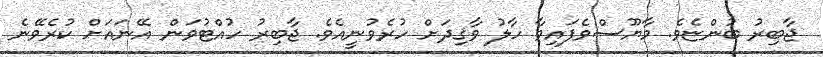
ޖާބިރު ބުންޏެވެ. މާޔޫސްވެފައިވާ ހާލު ވާޤިދަށް ހުރެވުނީއެވެ. ޖާބިރު ހުއްޓުވަން އޭނައަށް ކުރެވޭނެ